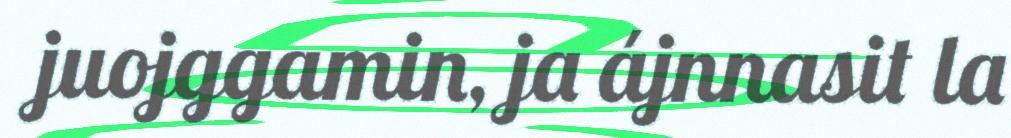
juojggamin, ja ájnnasit la